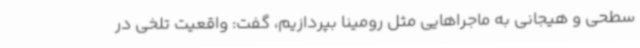
سطحی و هیجانی به ماجراهایی مثل رومینا بپردازیم، گفت: واقعیت تلخی در